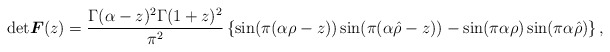
\begin{align*}{\rm det}\boldsymbol{F}(z) =\frac{\Gamma(\alpha-z)^2\Gamma(1+z)^2}{\pi^2}\left\{ \sin(\pi(\alpha\rho- z))\sin(\pi(\alpha\hat\rho- z)) - \sin(\pi \alpha \rho) \sin(\pi\alpha\hat\rho)\right\},\end{align*}